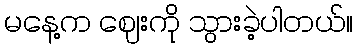
မနေ့က ဈေးကို သွားခဲ့ပါတယ်။